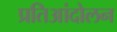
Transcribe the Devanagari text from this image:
प्रतिआंदोलन